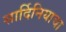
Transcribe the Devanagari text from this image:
सार्दिनियाचा